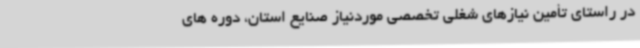
در راستای تأمین نیازهای شغلی تخصصی موردنیاز صنایع استان، دوره های